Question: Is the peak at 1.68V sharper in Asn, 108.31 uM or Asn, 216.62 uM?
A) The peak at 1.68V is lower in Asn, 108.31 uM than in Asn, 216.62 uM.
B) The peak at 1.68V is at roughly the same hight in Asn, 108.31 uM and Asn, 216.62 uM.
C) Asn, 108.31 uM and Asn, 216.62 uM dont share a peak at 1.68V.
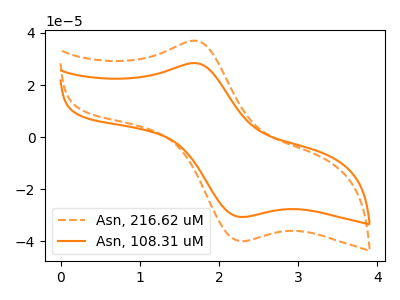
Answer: <think>The orange dashed curve "Asn, 216.62 uM" has an anodic peak at (1.70V, 37.05uA) and a cathodic peak at (2.25V, -39.95uA). The orange curve "Asn, 108.31 uM" has an anodic peak at (1.70V, 28.45uA) and a cathodic peak at (2.25V, -30.70uA).</think>
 <answer>A) The peak at 1.68V is lower in "Asn, 108.31 uM" than in "Asn, 216.62 uM".</answer>
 <eval>A</eval>